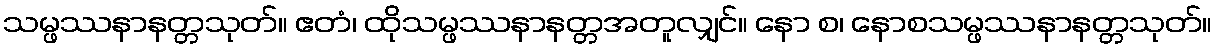
သမ္ဖဿနာနတ္တသုတ်။ ဧတံ၊ ထိုသမ္ဖဿနာနတ္တအတူလျှင်။ နော စ၊ နောစသမ္ဖဿနာနတ္တသုတ်။